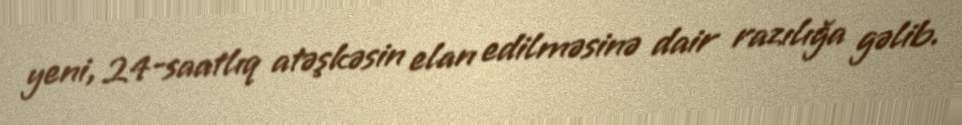
yeni, 24-saatlıq atəşkəsin elan edilməsinə dair razılığa gəlib.